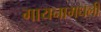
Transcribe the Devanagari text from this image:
गायनामधली